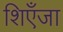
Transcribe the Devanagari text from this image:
शिएँजा